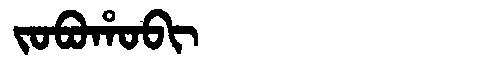
Manchu: ᠵᠣᠪᠣᡥᠣᠪᡳ
Romanization: JOBOHOBI